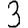
Digit: 3